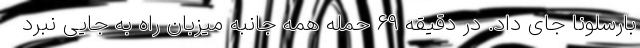
بارسلونا جای داد. در دقیقه ۶۹ حمله همه جانبه میزبان راه به جایی نبرد